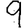
Digit: 9